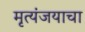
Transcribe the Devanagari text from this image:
मृत्यंजयाचा